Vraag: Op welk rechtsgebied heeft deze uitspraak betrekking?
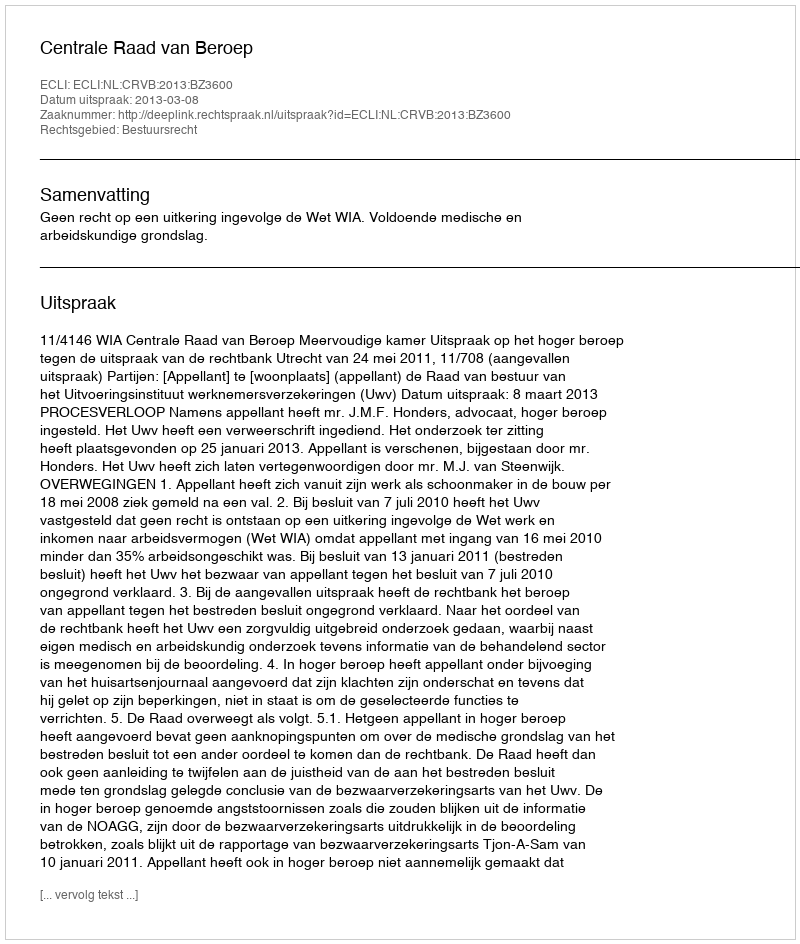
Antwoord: Bestuursrecht